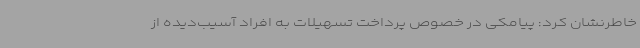
خاطرنشان کرد: پیامکی در خصوص پرداخت تسهیلات به افراد آسیب‌دیده از